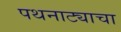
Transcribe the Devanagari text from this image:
पथनाट्याचा